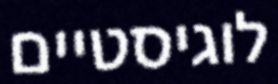
לוגיסטיים